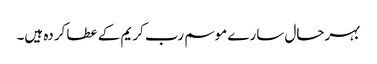
بہرحال سارے موسم رب کریم کے عطا کردہ ہیں۔